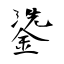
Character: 鍌